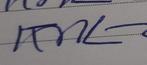
Signature authenticity: genuine